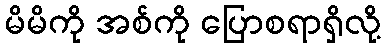
မိမိကို အစ်ကို ပြောစရာရှိလို့